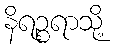
နိရဉ္စရာသို့